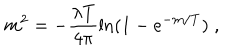
LaTeX: m ^ { 2 } = - \frac { \lambda T } { 4 \pi } \ln ( 1 - e ^ { - m / T } ) \; ,